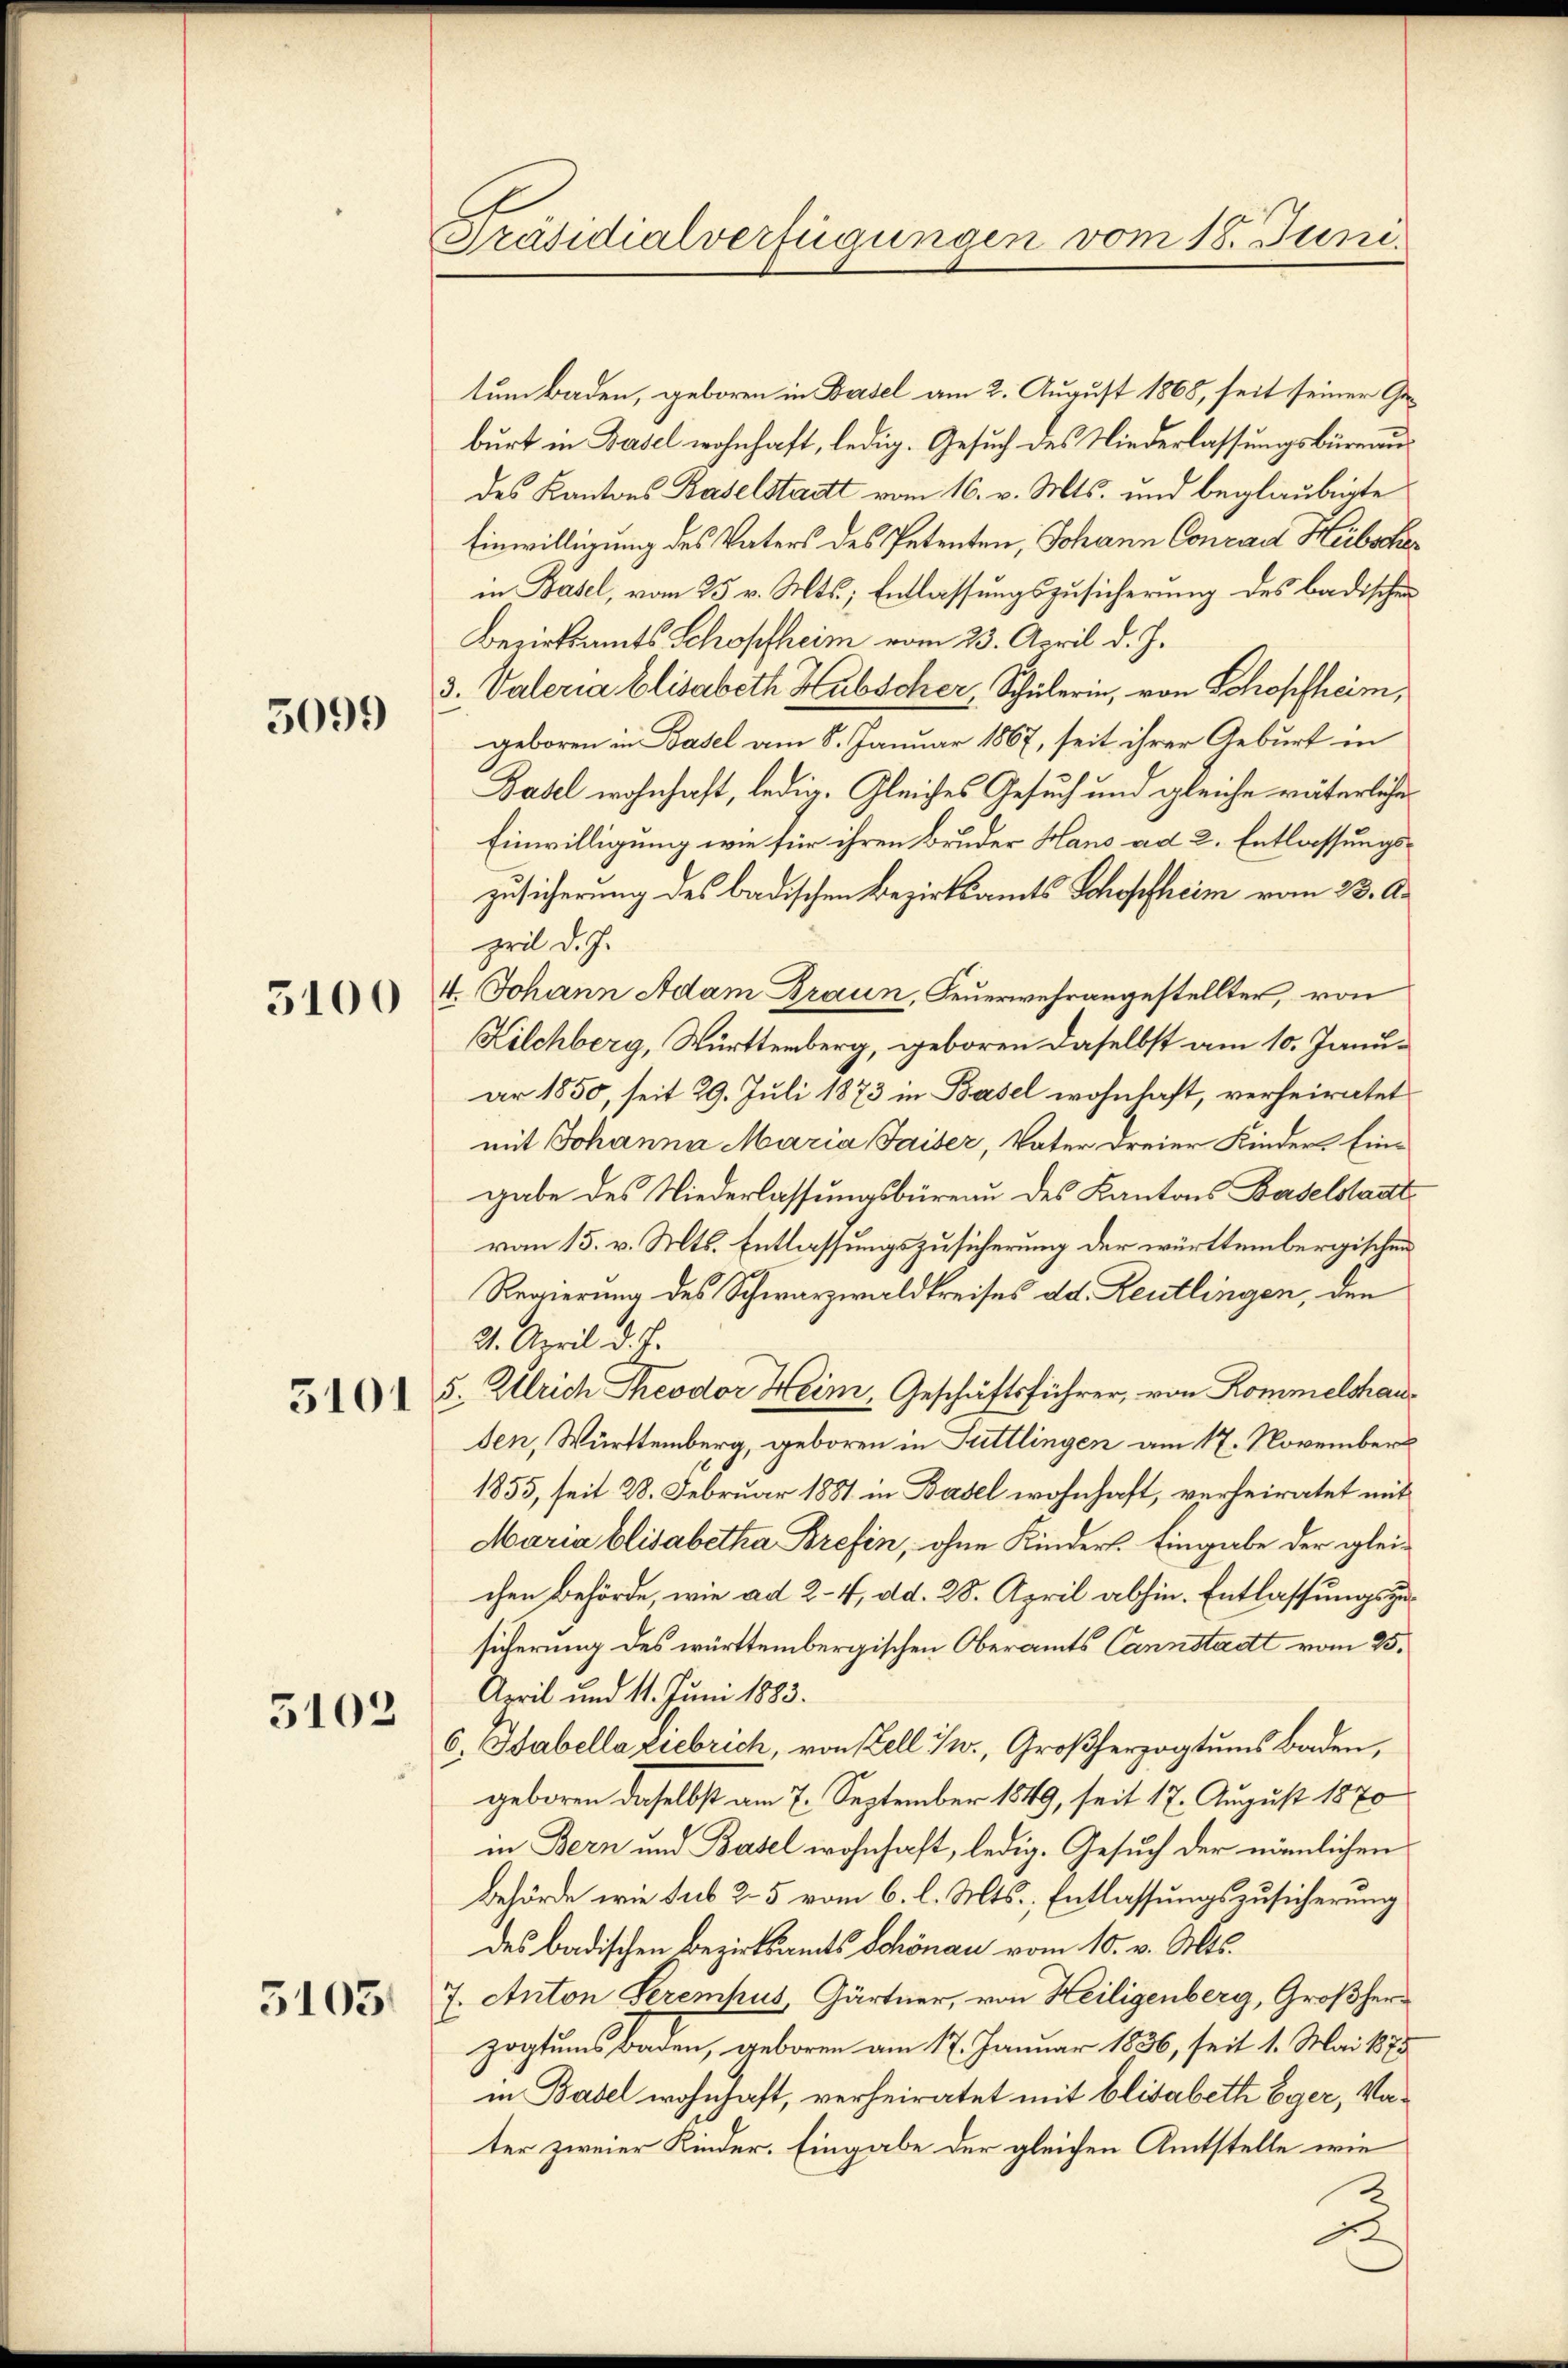
5099

3100

3101

5102

3103

Präsidialverfügungen vom 18. Juni.

tum Baden, geboren in Basel am 2. August 1868, seit seiner Geburt in Basel wohnhaft, ledig. Gesuch des Niederlassungsbüreaudes Kantons Baselstadt vom 16. v. Mts. und beglaubigte
Einwilligung des Vaters des Petenten, Johann Conrad Heibschier
in Basel, vom 25. v. Mts., Entlassungszusicherung des badischen
Bezirksamts Schopfheim vom 23. April d. J.
3. Vateria Elisabeth Hubscher, Schülerin, von Schopfheim,
geboren in Basel am 8. Januar 1867, seit ihrer Geburt in
Basel wohnhaft, ledig. Gleiches Gesuch und gleiche väterliche
Einwilligung wie für ihren Bruder Hans ad 2. Entlassungszusicherung des badischen Bezirksamts Schopfheim vom 23. Au
pril d. J.
4. Johann Adam Braun, Feuerwehrangestellter, von
Kilchberg, Württemberg, geboren daselbst am 10. Januar 1850, seit 29. Juli 1873 in Basel wohnhaft, verheiratet
mit Johanna Maria Jaiser, Vater dreier Kinder Eingabe des Niederlassungsbüreau des Kantons Baselstadtvon 15. v. Mts. Entlassungszusicherung der württembergischen
Regierung des Schwarzwaldkreises dd. Reutlingen, den
21. April d. J.
5. Ulrich Theodor Heim, Geschäftsführer, von Kommelshauden, Württemberg, geboren in Tuttlingen am 17. November
1855, seit 28. Februar 1881 in Basel wohnhaft, verheiratet mit
Maria Elisabetha Brefin, ohne Kinders. Eingabe der gleichen Behörde, wie ad 2-4, dd. 28. April abhin. Entlassungszusicherung des württembergischen Oberamts Cannstadt vom 25.
April und 11. Juni 1883.
6. Babella Liebrich, von Kell I/w., Großherzogtums Baden,
geboren daselbst am 7. September 1849, seit 17. August 1870
in Bern und Basel wohnhaft, ledig. Gesuch der nämlichen
Behörde wie sub 25 vom 6. l. Mts., Entlassungszusicherung
des badischen Bezirksamts Schönau vom 10. v. Mts.
7. Anton Serempus, Gärtner, von Heiligenberg, Großherzogtums Baden, geboren am 17. Januar 1836, seit 1. Mai 1875
in Basel wohnhaft, verheiratet mit Elisabeth Eger, Vater zweier Kinder. Eingabe der gleichen Amtstelle wie
d